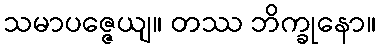
သမာပဇ္ဇေယျ။ တဿ ဘိက္ခုနော။